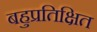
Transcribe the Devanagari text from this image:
बहुप्रतिक्षित